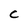
Character: C